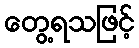
တွေ့ရသဖြင့်